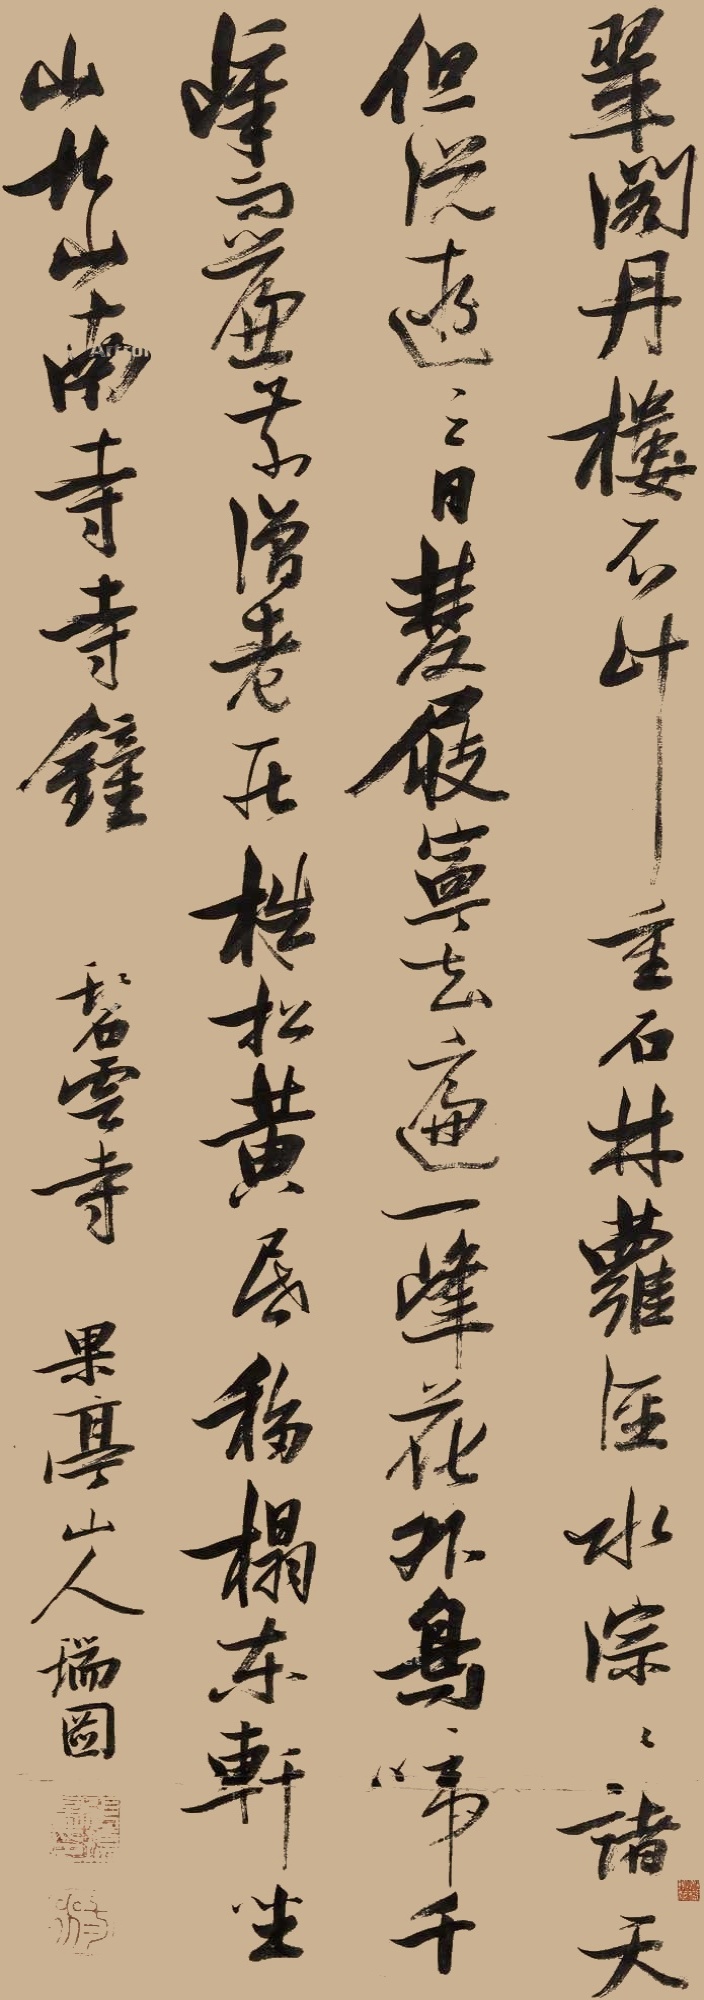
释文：翠阁丹楼不计重，石林萝径水淙淙。诸天但说游三日，双屐宁知遍一峰。花外鸟啼千嶂雨，帘前僧老数株松。黄昏移榻东轩坐，山北山南寺寺钟。碧云寺。果亭山人瑞图。